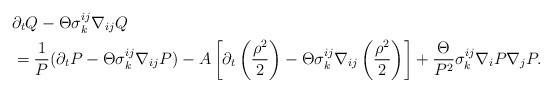
\begin{align*}&\partial_{t}Q-\Theta\sigma^{ij}_{k}\nabla_{ij}Q\\&=\frac{1}{P}(\partial_{t}P-\Theta\sigma^{ij}_{k}\nabla_{ij}P)-A\left[\partial_{t}\left(\frac{\rho^{2}}{2}\right)-\Theta\sigma^{ij}_{k}\nabla_{ij}\left(\frac{\rho^{2}}{2}\right)\right]+\frac{\Theta}{P^{2}}\sigma^{ij}_{k}\nabla_{i}P\nabla_{j}P.\end{align*}